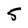
Character: 5